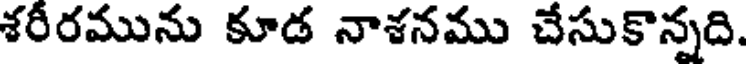
శరీరమును కూడ నాశనము చేసుకొన్నది.